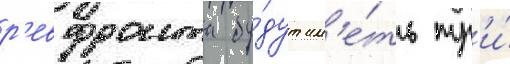
р'евфронта бу́дут им'е́ть тр'и́